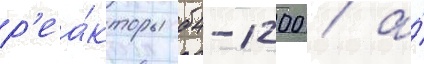
р'еа́кторы бн-1200 / а́